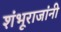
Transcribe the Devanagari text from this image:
शंभूराजांनी